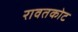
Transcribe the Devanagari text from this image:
रावतकोट